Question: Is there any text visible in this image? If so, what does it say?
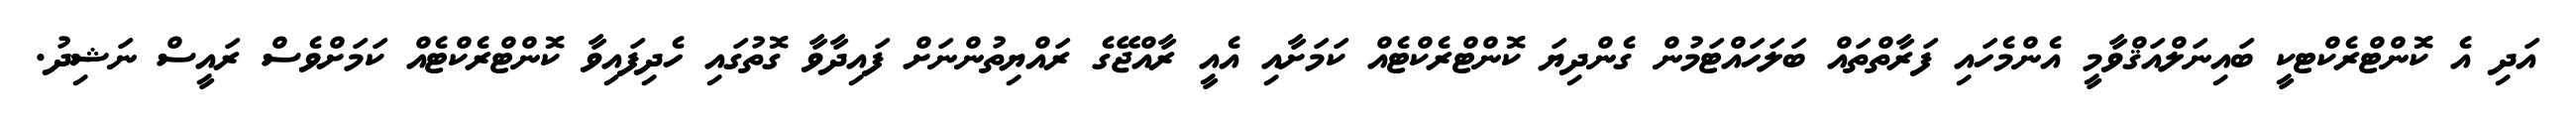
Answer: އަދި އެ ކޮންޓްރެކްޓކީ ބައިނަލްއަޤްވާމީ އެންމެހައި ފަރާތްތައް ބަލަހައްޓަމުން ގެންދިޔަ ކޮންޓްރެކްޓެއް ކަމަށާއި އެއީ ރާއްޖޭގެ ރައްޔިތުންނަށް ފައިދާވާ ގޮތުގައި ހެދިފައިވާ ކޮންޓްރެކްޓެއް ކަމަށްވެސް ރައީސް ނަޝިދު.